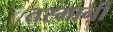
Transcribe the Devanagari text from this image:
तस्मानी